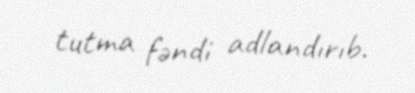
tutma fəndi adlandırıb.